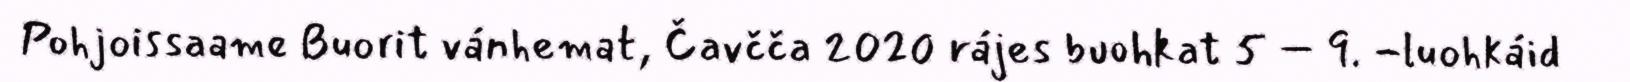
Pohjoissaame Buorit vánhemat, Čavčča 2020 rájes buohkat 5 – 9. -luohkáid